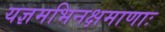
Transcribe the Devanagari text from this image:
यज्ञमभिनक्षमाणाः